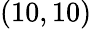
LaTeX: (10,10)